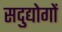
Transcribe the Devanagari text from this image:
सदुद्योगों